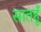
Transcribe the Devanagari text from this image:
सातहूँ